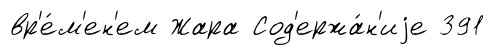
вр'е́м'ен'ем Жара Сод'ержа́н'иjе 391